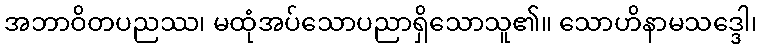
အဘာဝိတပညဿ၊ မထုံအပ်သောပညာရှိသောသူ၏။ သောဟိနာမသဒ္ဒေါ၊